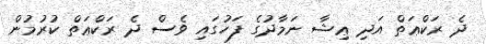
ދެ ރަކްޢަތް އަދި ޢިޝާ ނަމާދުގެ ފަހުގައި ވެސް ދެ ރަކްޢަތް ކުރުމުން